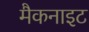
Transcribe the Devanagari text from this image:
मैकनाइट